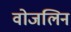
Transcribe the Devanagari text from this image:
वोजलिन